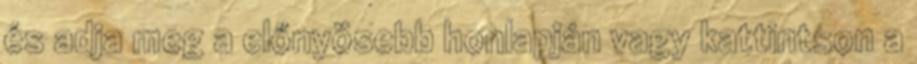
és adja meg a előnyösebb honlapján vagy kattintson a